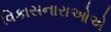
વિકાસનારાઓએ